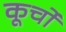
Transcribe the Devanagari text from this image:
कूर्चो